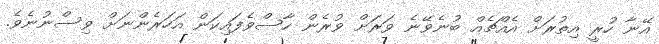
އޭނާ ހުރީ އިތުރަށް އެއްޗެއް ބުނެވޭނެ ވަރަށް ވުރެން ހާސްވެފައިކަން އަހަރެންނަށް ވިސްނުނެވެ.